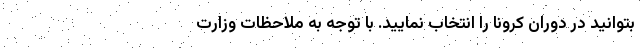
بتوانید در دوران کرونا را انتخاب نمایید. با توجه به ملاحظات وزارت